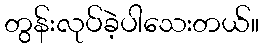
တွန်းလုပ်ခဲ့ပါသေးတယ်။